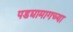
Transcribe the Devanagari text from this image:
पडद्यामागच्या